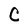
Character: C